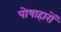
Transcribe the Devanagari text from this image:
पोषाहारों